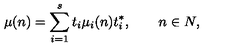
\mu ( n ) = \sum _ { i = 1 } ^ { s } t _ { i } \mu _ { i } ( n ) t _ { i } ^ { * } , \qquad n \in N ,